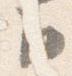
臣